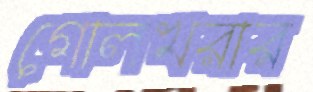
গোলখরার